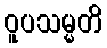
ဝူပသမ္မတိ